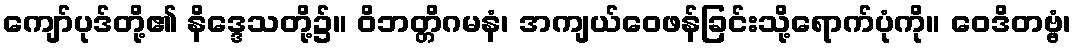
ကျော်ပုဒ်တို့၏ နိဒ္ဒေသတို့၌။ ဝိဘတ္တိဂမနံ၊ အကျယ်ဝေဖန်ခြင်းသို့ရောက်ပုံကို။ ဝေဒိတဗ္ဗံ၊